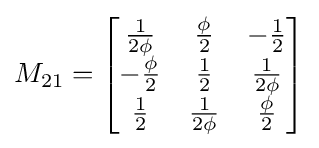
M_{21}={\begin{bmatrix}{\frac {1}{2\phi }}&{\frac {\phi }{2}}&-{\frac {1}{2}}\\-{\frac {\phi }{2}}&{\frac {1}{2}}&{\frac {1}{2\phi }}\\{\frac {1}{2}}&{\frac {1}{2\phi }}&{\frac {\phi }{2}}\end{bmatrix}}